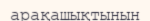
арақашықтынын